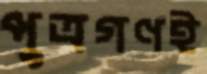
পুত্রগণই